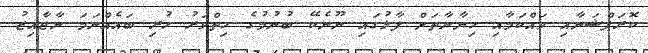
ކޮރަޕްޝަނާއި ވައްކަމާއި ހިޔާނާތަށް ފާޅުގައި ނޫނެކޭ ބުނުމުގެ ހިތްވަރު ހުރި ބައެއްނަމަ ނާޖާއިޒު